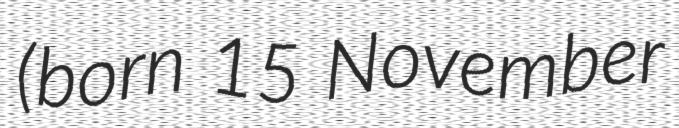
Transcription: (born 15 November